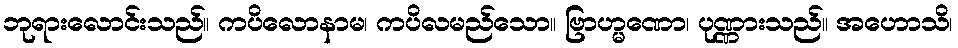
ဘုရားလောင်းသည်။ ကပိလောနာမ၊ ကပိလမည်သော။ ဗြာဟ္မဏော၊ ပုဏ္ဏားသည်။ အဟောသိ၊